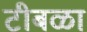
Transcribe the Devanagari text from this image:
टीबळा